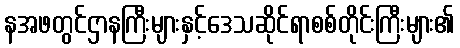
နအဖတွင်ဌာနကြီးများနှင့်ဒေသဆိုင်ရာစစ်တိုင်းကြီးများ၏